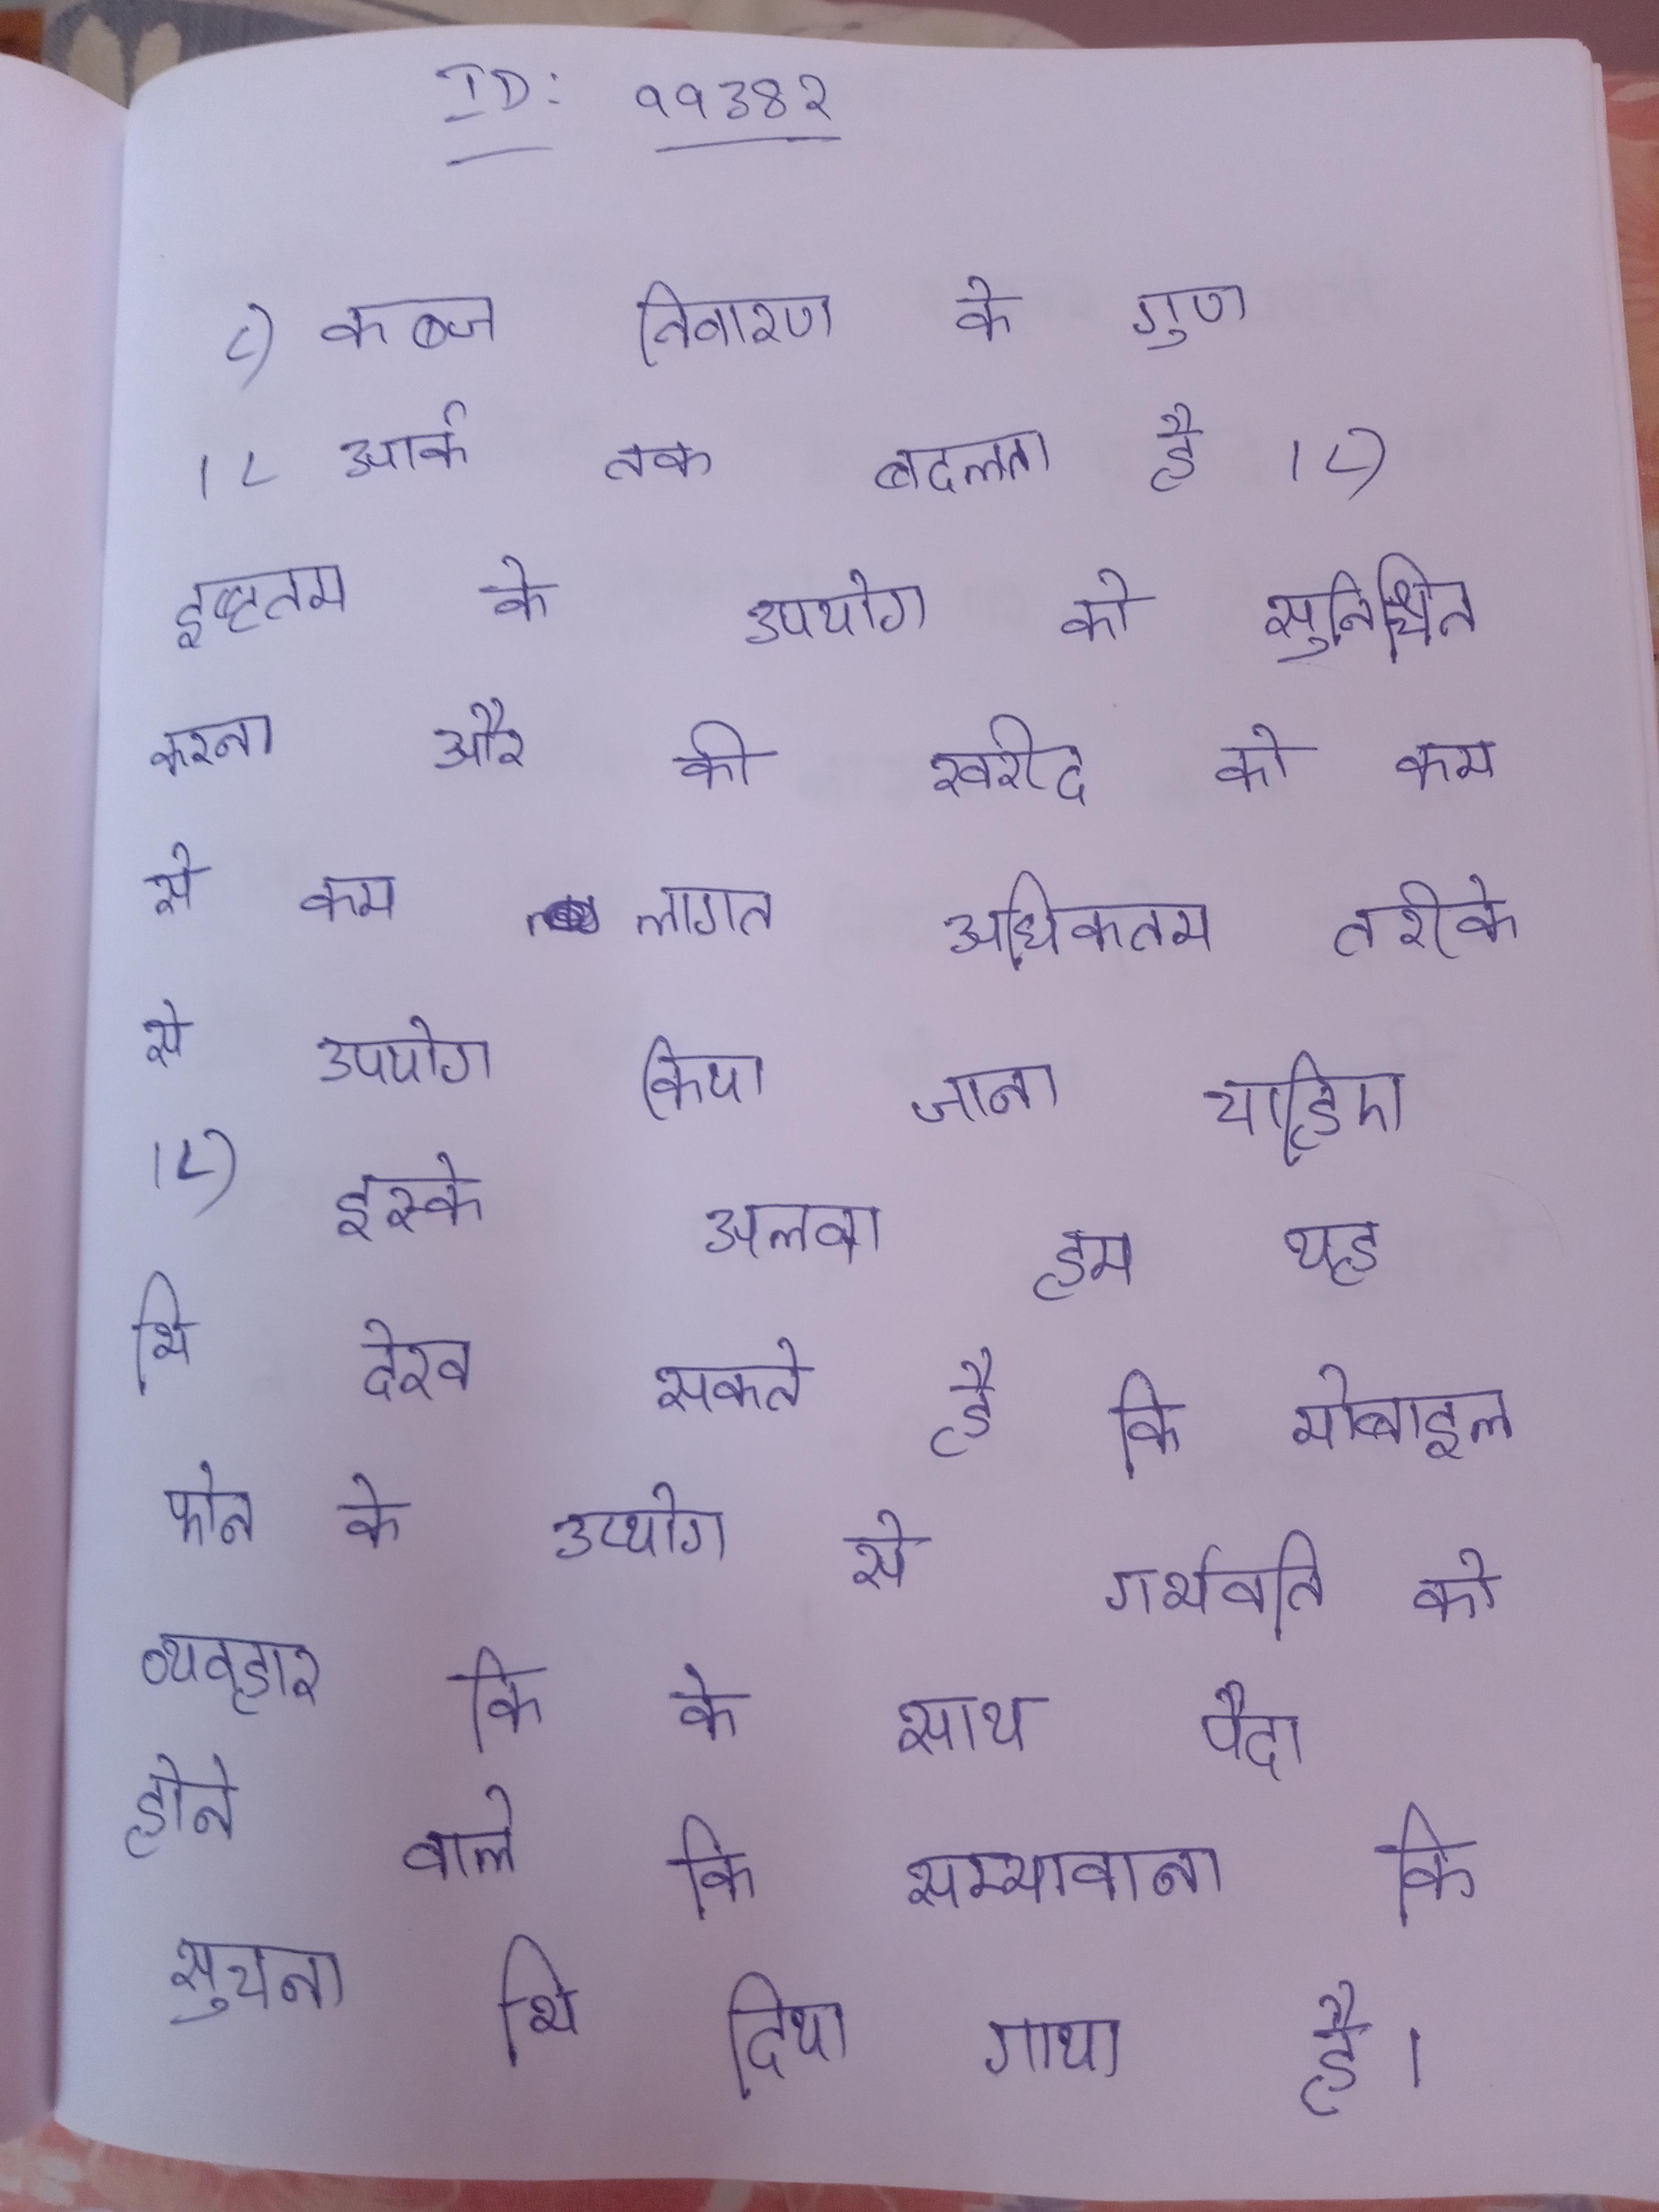
८) कब्ज निवारण के गुण । ८ आर्क तक बदलता है । ८)इष्टतम के उपयोग को सुनिश्चित करना और की खरीद को कम से कम लागत अधिकतम तरीके से उपयोग किया जाना चाहिए । ८) इस्के अलवा हम यह भि देख सकते है कि मोबाइल फोन के उप्योग से गर्भवति को व्यवहार कि के साथ पैदा होने वाले कि सम्भावाना कि सुचना भि दिया गाया है ।